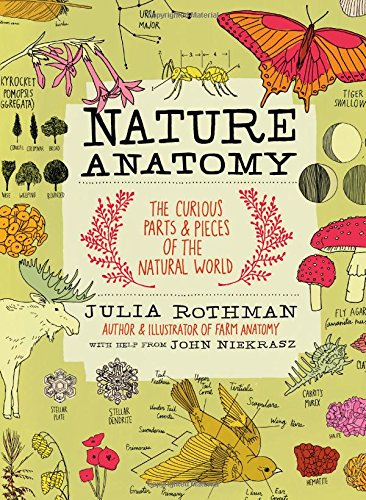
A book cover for Nature Anatomy: The Curious Parts and Pieces of the Natural World; Julia Rothman; Arts & Photography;